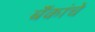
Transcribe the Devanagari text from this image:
बॅंकांचे